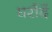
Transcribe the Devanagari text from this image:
घरौदें